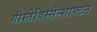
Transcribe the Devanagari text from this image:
गीस्तेविस्सेन्शाफ्टन